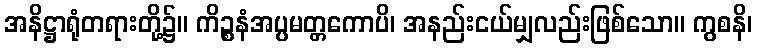
အနိဋ္ဌာရုံတရားတို့၌။ ကိဉ္စနံအပ္ပမတ္တကောပိ၊ အနည်းငယ်မျှလည်းဖြစ်သော။ ကွစနိ၊